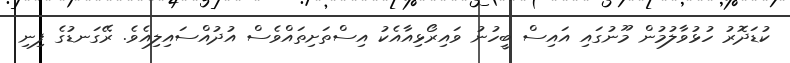
ކުޑަދޮރު ހުޅުވާލުމުން މޫނުގައި އައިސް ބީހުނު ވައިރޯޅިއާއެކު އިސްތަށިތައްވެސް އުދުއްސައިލިއެވެ. ރޭގަނޑުގެ ފިނި